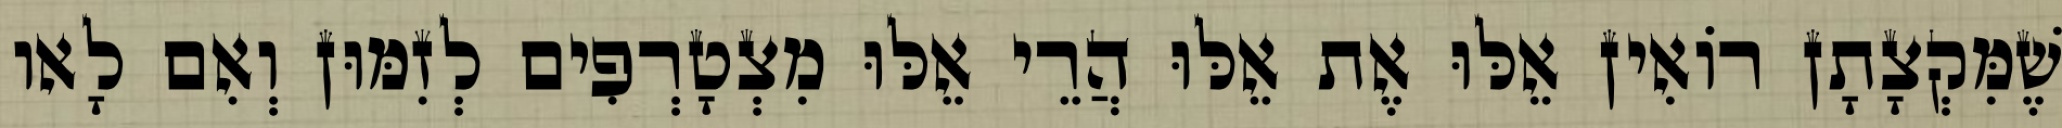
שֶׁמִּקְצָתָן רוֹאִין אֵלּוּ אֶת אֵלּוּ הֲרֵי אֵלּוּ מִצְטָרְפִים לְזִמּוּן וְאִם לָאו